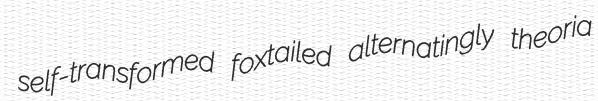
self-transformed foxtailed alternatingly theoria